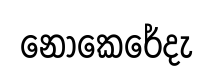
නොකෙරේදැ